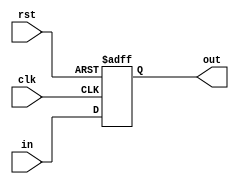
    module bit_24_reg (in , clk , rst , out);
input [23:0]in;
input clk;
input rst;
output reg [23:0]out;
always@(posedge rst or posedge clk)
begin
    if(rst)
        out <= 24'b 0000_0000_0000_0000_0000_0000;
    else
        out <= in;
end
endmodule